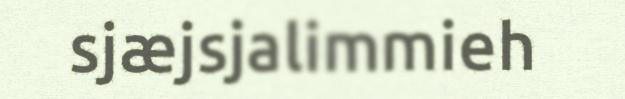
sjæjsjalimmieh